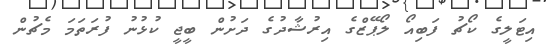
އިޓަލީގެ ކޯޗު ފަބިއޯ ލޯޕޭޒްގެ އިރުޝާދުގެ ދަށުން ބީޖީ ކުޅުނު ފުރަތަމަ މެޗުން